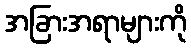
အခြားအရာများကို